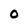
Character: 0